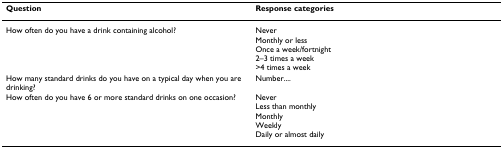
<table><thead><tr><td><b>Question</b></td><td><b>Response categories</b></td></tr></thead><tbody><tr><td>How often do you have a drink containing alcohol?</td><td>NeverMonthly or lessOnce a week/fortnight2–3 times a week&gt;4 times a week</td></tr><tr><td>How many standard drinks do you have on a typical day when you are drinking?</td><td>Number....</td></tr><tr><td>How often do you have 6 or more standard drinks on one occasion?</td><td>NeverLess than monthlyMonthlyWeeklyDaily or almost daily</td></tr></tbody></table>